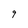
Character: 9